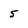
Character: 5